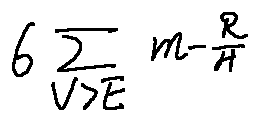
6 \sum \limits _ { V > E } m - \frac { R } { H }